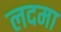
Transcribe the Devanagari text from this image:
लदमा